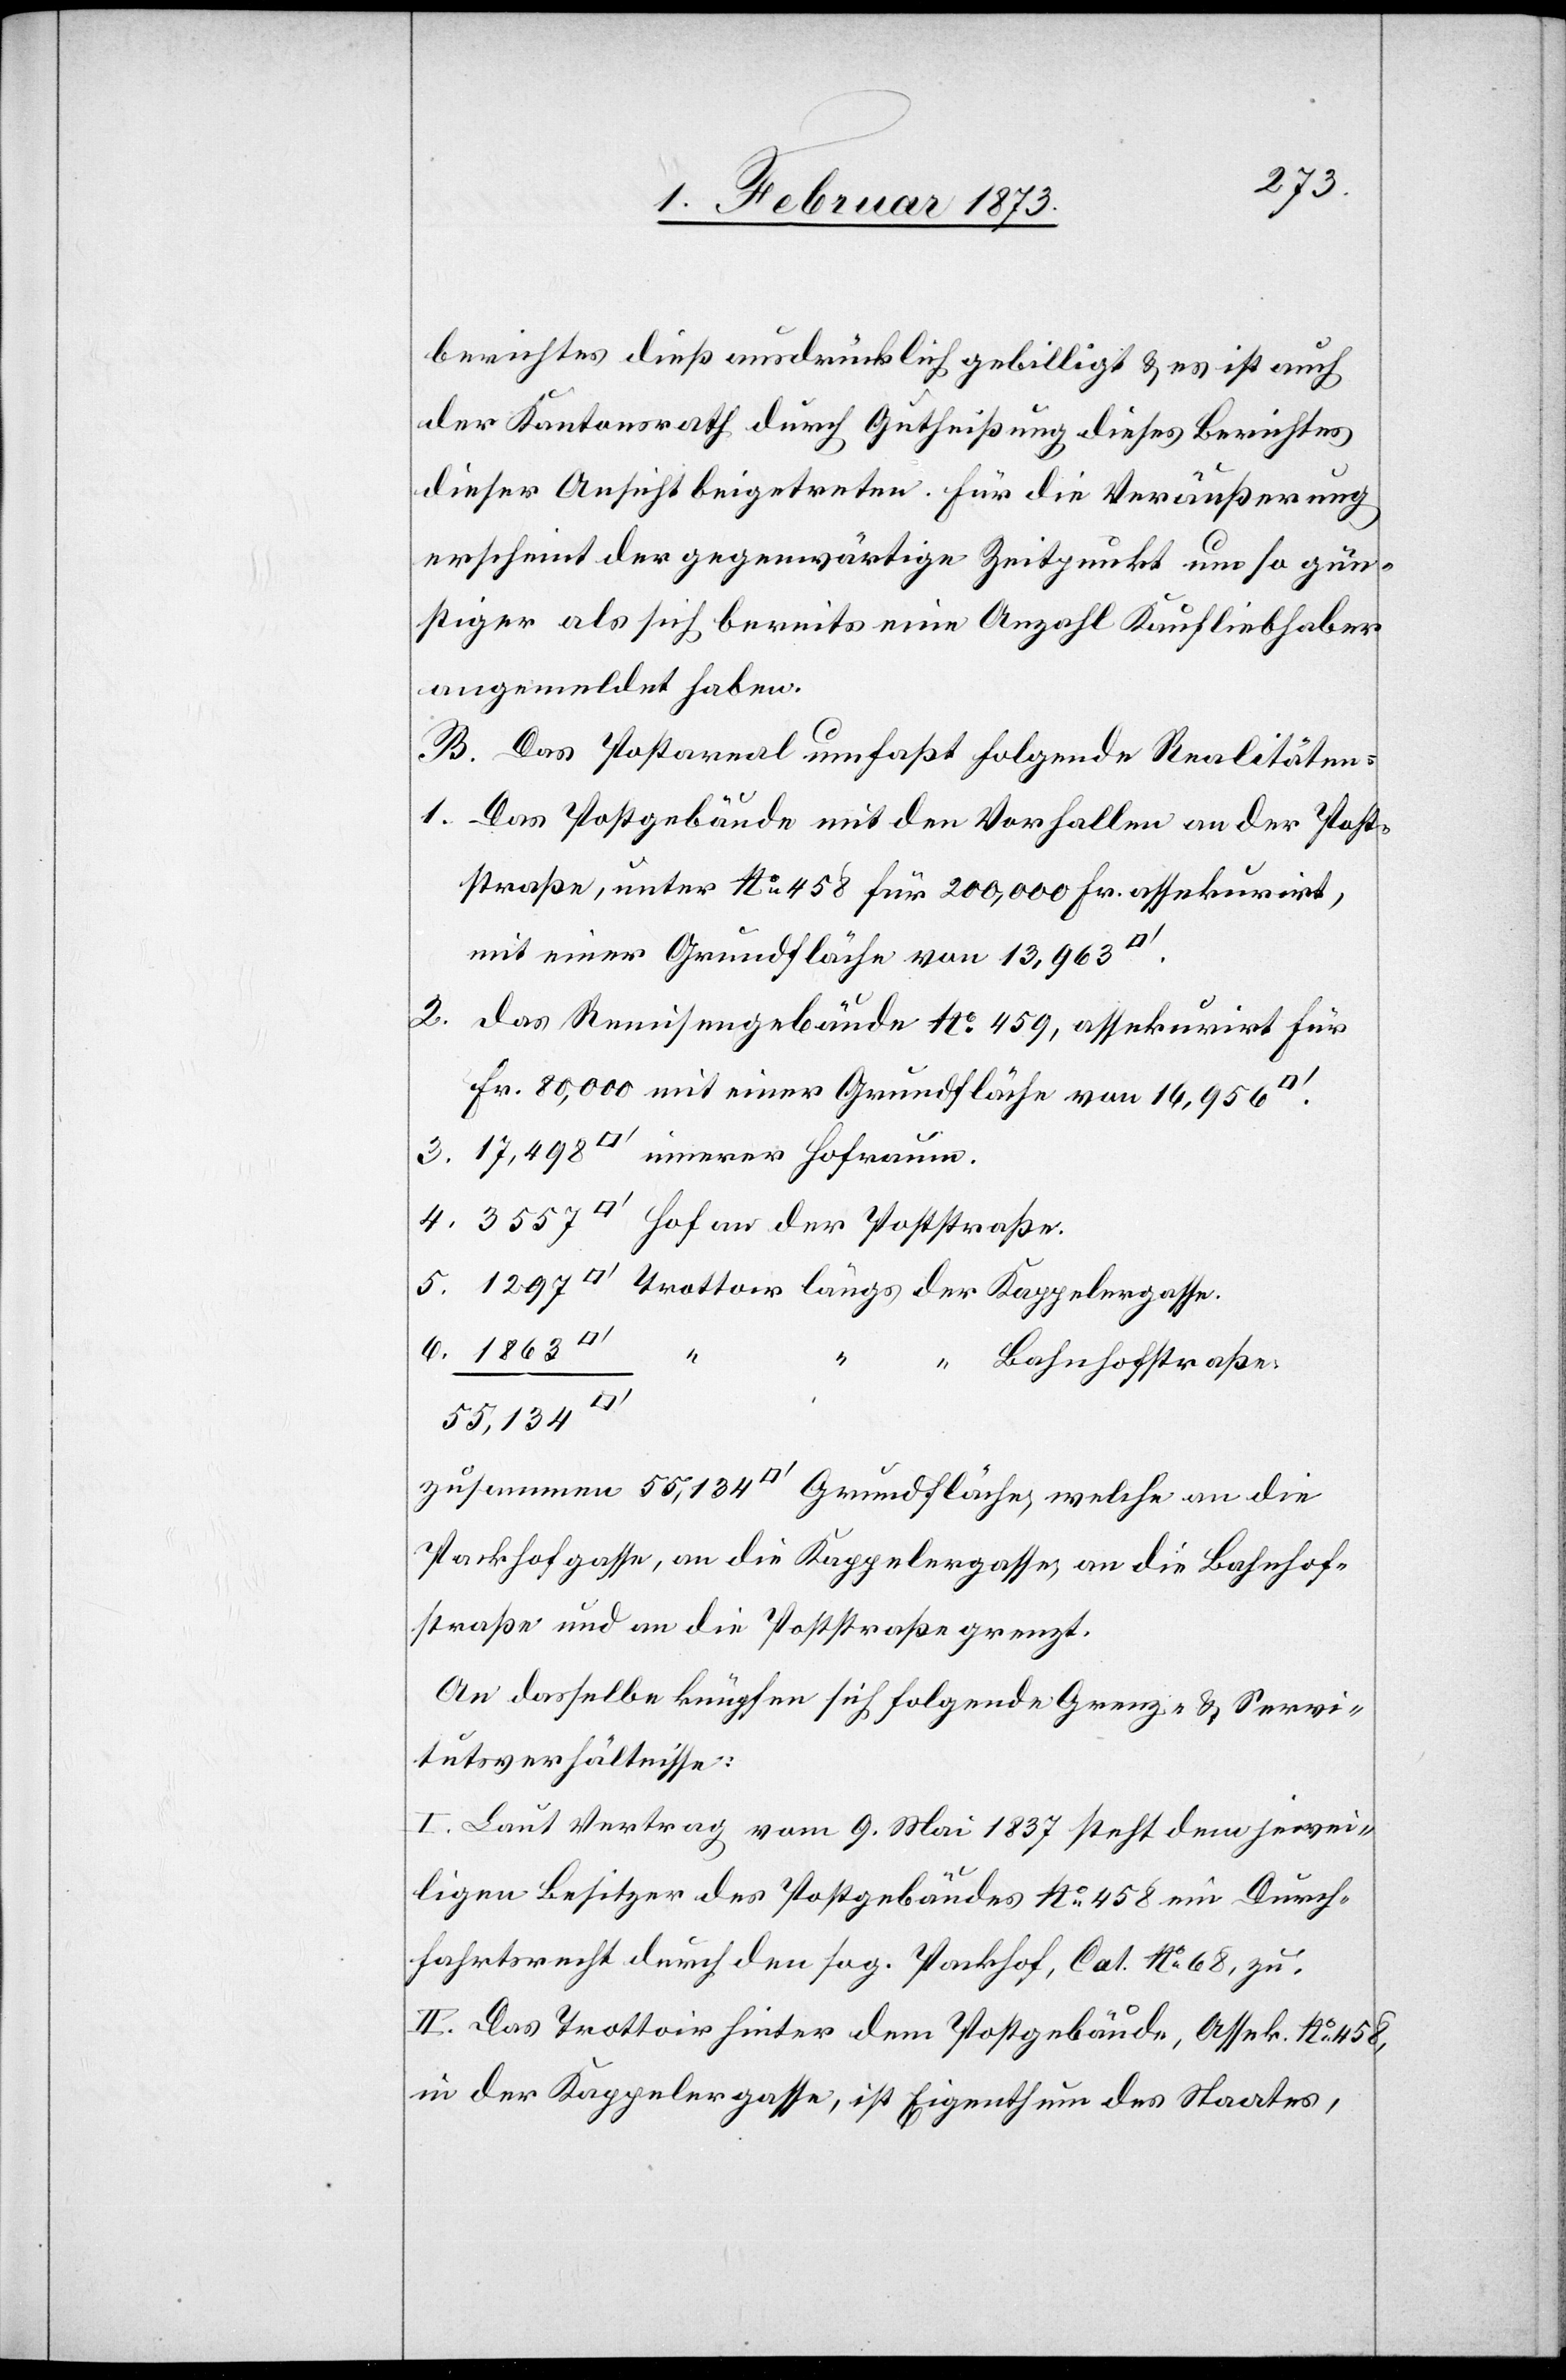
berichtes dieß ausdrücklich gebilligt u. es ist auch
der Kantonsrath durch Gutheißung dieses Berichtes
dieser Ansicht beigetreten. Für die Veräußerung
erscheint der gegenwärtige Zeitpunkt um so gün¬
stiger als sich bereits eine Anzahl Kaufliebhaber
angemeldet haben.
B. Das Postareal umfaßt folgende Realitäten:
1. Das Postgebäude mit den Vorhallen an der Post¬
straße, unter No. 458 für 200,000 Fr. assekurirt,
mit einer Grundfläche von 13,963
2. das Remisengebäude No. 459, assekurirt für
Fr. 80,000 mit einer Grundfläche von 16,956
6. 1863
4.
“ Bahnhofstraße.
55,134
zusammen 55,134 [Quadratfuss] Grundfläche, welche an die
Parkhofgasse, an die Kappelergasse, an die Bahnhof¬
straße und an die Poststraße grenzt.
An dasselbe knüpfen sich folgende Grenz- u. Servi¬
tutsverhältnisse:
I. Laut Vertrag vom 9. Mai 1837 steht dem jewei¬
ligen Besitzer des Postgebäudes No. 458 ein Durch¬
fahrtsrecht durch den sog. Packhof, Cat. No. 68, zu.
II. Das Trottoir hinter dem Postgebäude, Assek. No. 458,
in der Kappelergasse, ist Eigenthum des Staates,